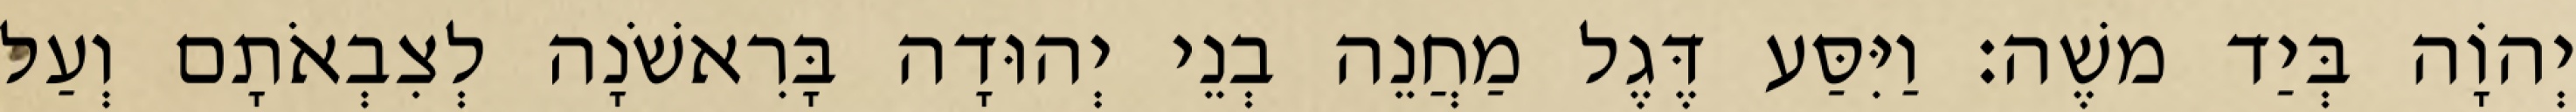
יְהוָֹה בְּיַד משֶׁה׃ וַיִּסַּע דֶּגֶל מַחֲנֵה בְנֵי יְהוּדָה בָּרִאשֹׁנָה לְצִבְאֹתָם וְעַל